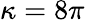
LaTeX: \kappa=8\pi